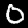
Digit: 0